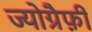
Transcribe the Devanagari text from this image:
ज्योग्रैफ़ी